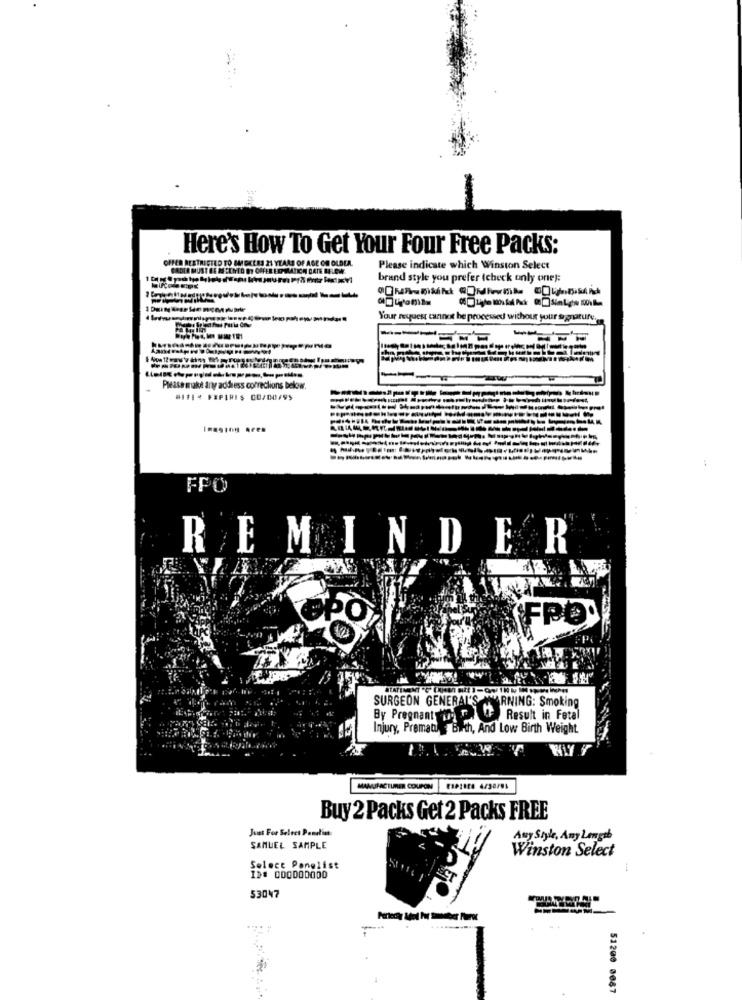
Here's How To Get Your Four Free Packs:
OFFER RESTRICTED TO SMOKEES 21 YEARS OF AGE OR OLDER.
Please indicate which Winston Select
brand style you prefer (check only one):
Your request cannot be processed wichour your signature.
-----
Please make any address corrections below.
### :* ** PIRIS 08/00/95
FFO
..
REMINDER
ÞÒ
FPO.
SURGEON GENERAL'S AWARNING: Smoking
By Pregnant
Result in Fetal
Injury, Prematu Birth, And Low Birth Weight
MANUFACTURER COUPON
Buy 2 Packs Get 2 Packs FREE
Just For Select Panelist:
Any Style, Any Length
SAMUEL SAMPLE
Winston Select
Select Ponglist
ID# 000DODODO
53047
51200 0087